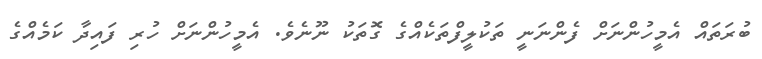
ބުރަތައް އެމީހުންނަށް ފެންނަނީ ތަކުލީފްތަކެއްގެ ގޮތަކު ނޫނެވެ. އެމީހުންނަށް ހުރި ފައިދާ ކަމެއްގެ